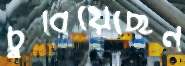
চুবিয়েছেন